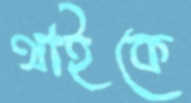
থাইকে